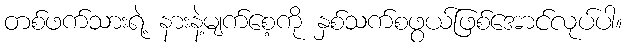
တစ်ဖက်သားရဲ့ နားနဲ့မျက်စေ့ကို နှစ်သက်စဖွယ်ဖြစ်အောင်လုပ်ပါ။